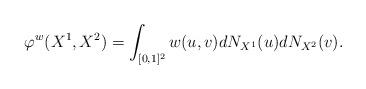
LaTeX: \begin{align*}\varphi^{w}(X^1,X^2)=\int_{[0,1]^2} w(u,v) dN_{X^1}(u) dN_{X^2}(v).\end{align*}